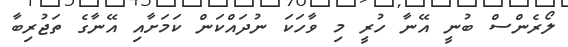
ލޯރެންސް ބުނީ އޭނާ ހުރީ މި ވާހަކަ ނުދައްކަން ކަމަށާއި އޭނާގެ ތަޖުރިބާ